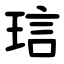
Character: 琂